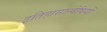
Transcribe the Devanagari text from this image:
इतिहासान्वेषियों